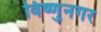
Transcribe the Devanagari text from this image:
विष्णुनगर